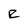
Character: R